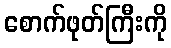
စောက်ဖုတ်ကြီးကို